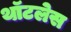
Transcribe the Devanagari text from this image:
थॉटलेस